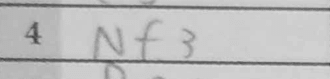
Transcription: Nf3